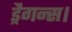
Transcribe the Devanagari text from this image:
ड्रैगन्स।